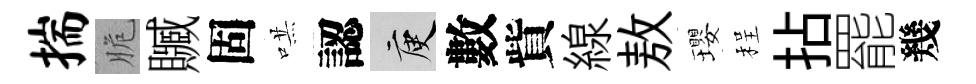
揣脆贓固哄認庾數貲線敖瓔程拈罷幾